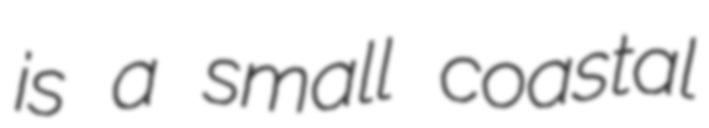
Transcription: is a small coastal